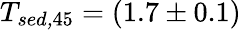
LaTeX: T_{\textit{sed,}45}=(1.7\pm 0.1)